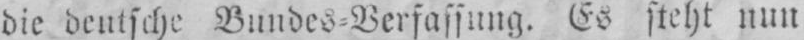
die deutsche Bundes⸗Verfassung. Es steht nun